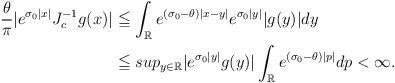
LaTeX: \begin{align*}\frac{\theta}{\pi} |e^{\sigma _0|x|}J_c^{-1}g(x)|&\leqq \int_{\mathbb R} e^{(\sigma_0-\theta) |x-y|} e^{\sigma _0|y|}|g(y)|dy\\&\leqq sup_{y\in \mathbb R}|e^{\sigma _0|y|} g(y)| \int_{\mathbb R} e^{(\sigma_0-\theta) |p|} dp <\infty.\end{align*}